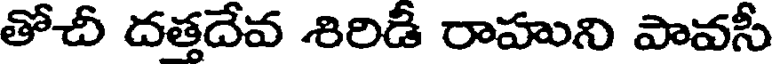
తోచీ దత్తదేవ శిరిడీ రాహుని పావసీ